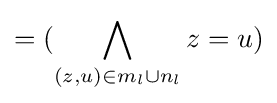
=({\bigwedge _{(z,u)\in m_{l}\cup n_{l}}z=u})